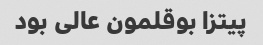
پیتزا بوقلمون عالی بود